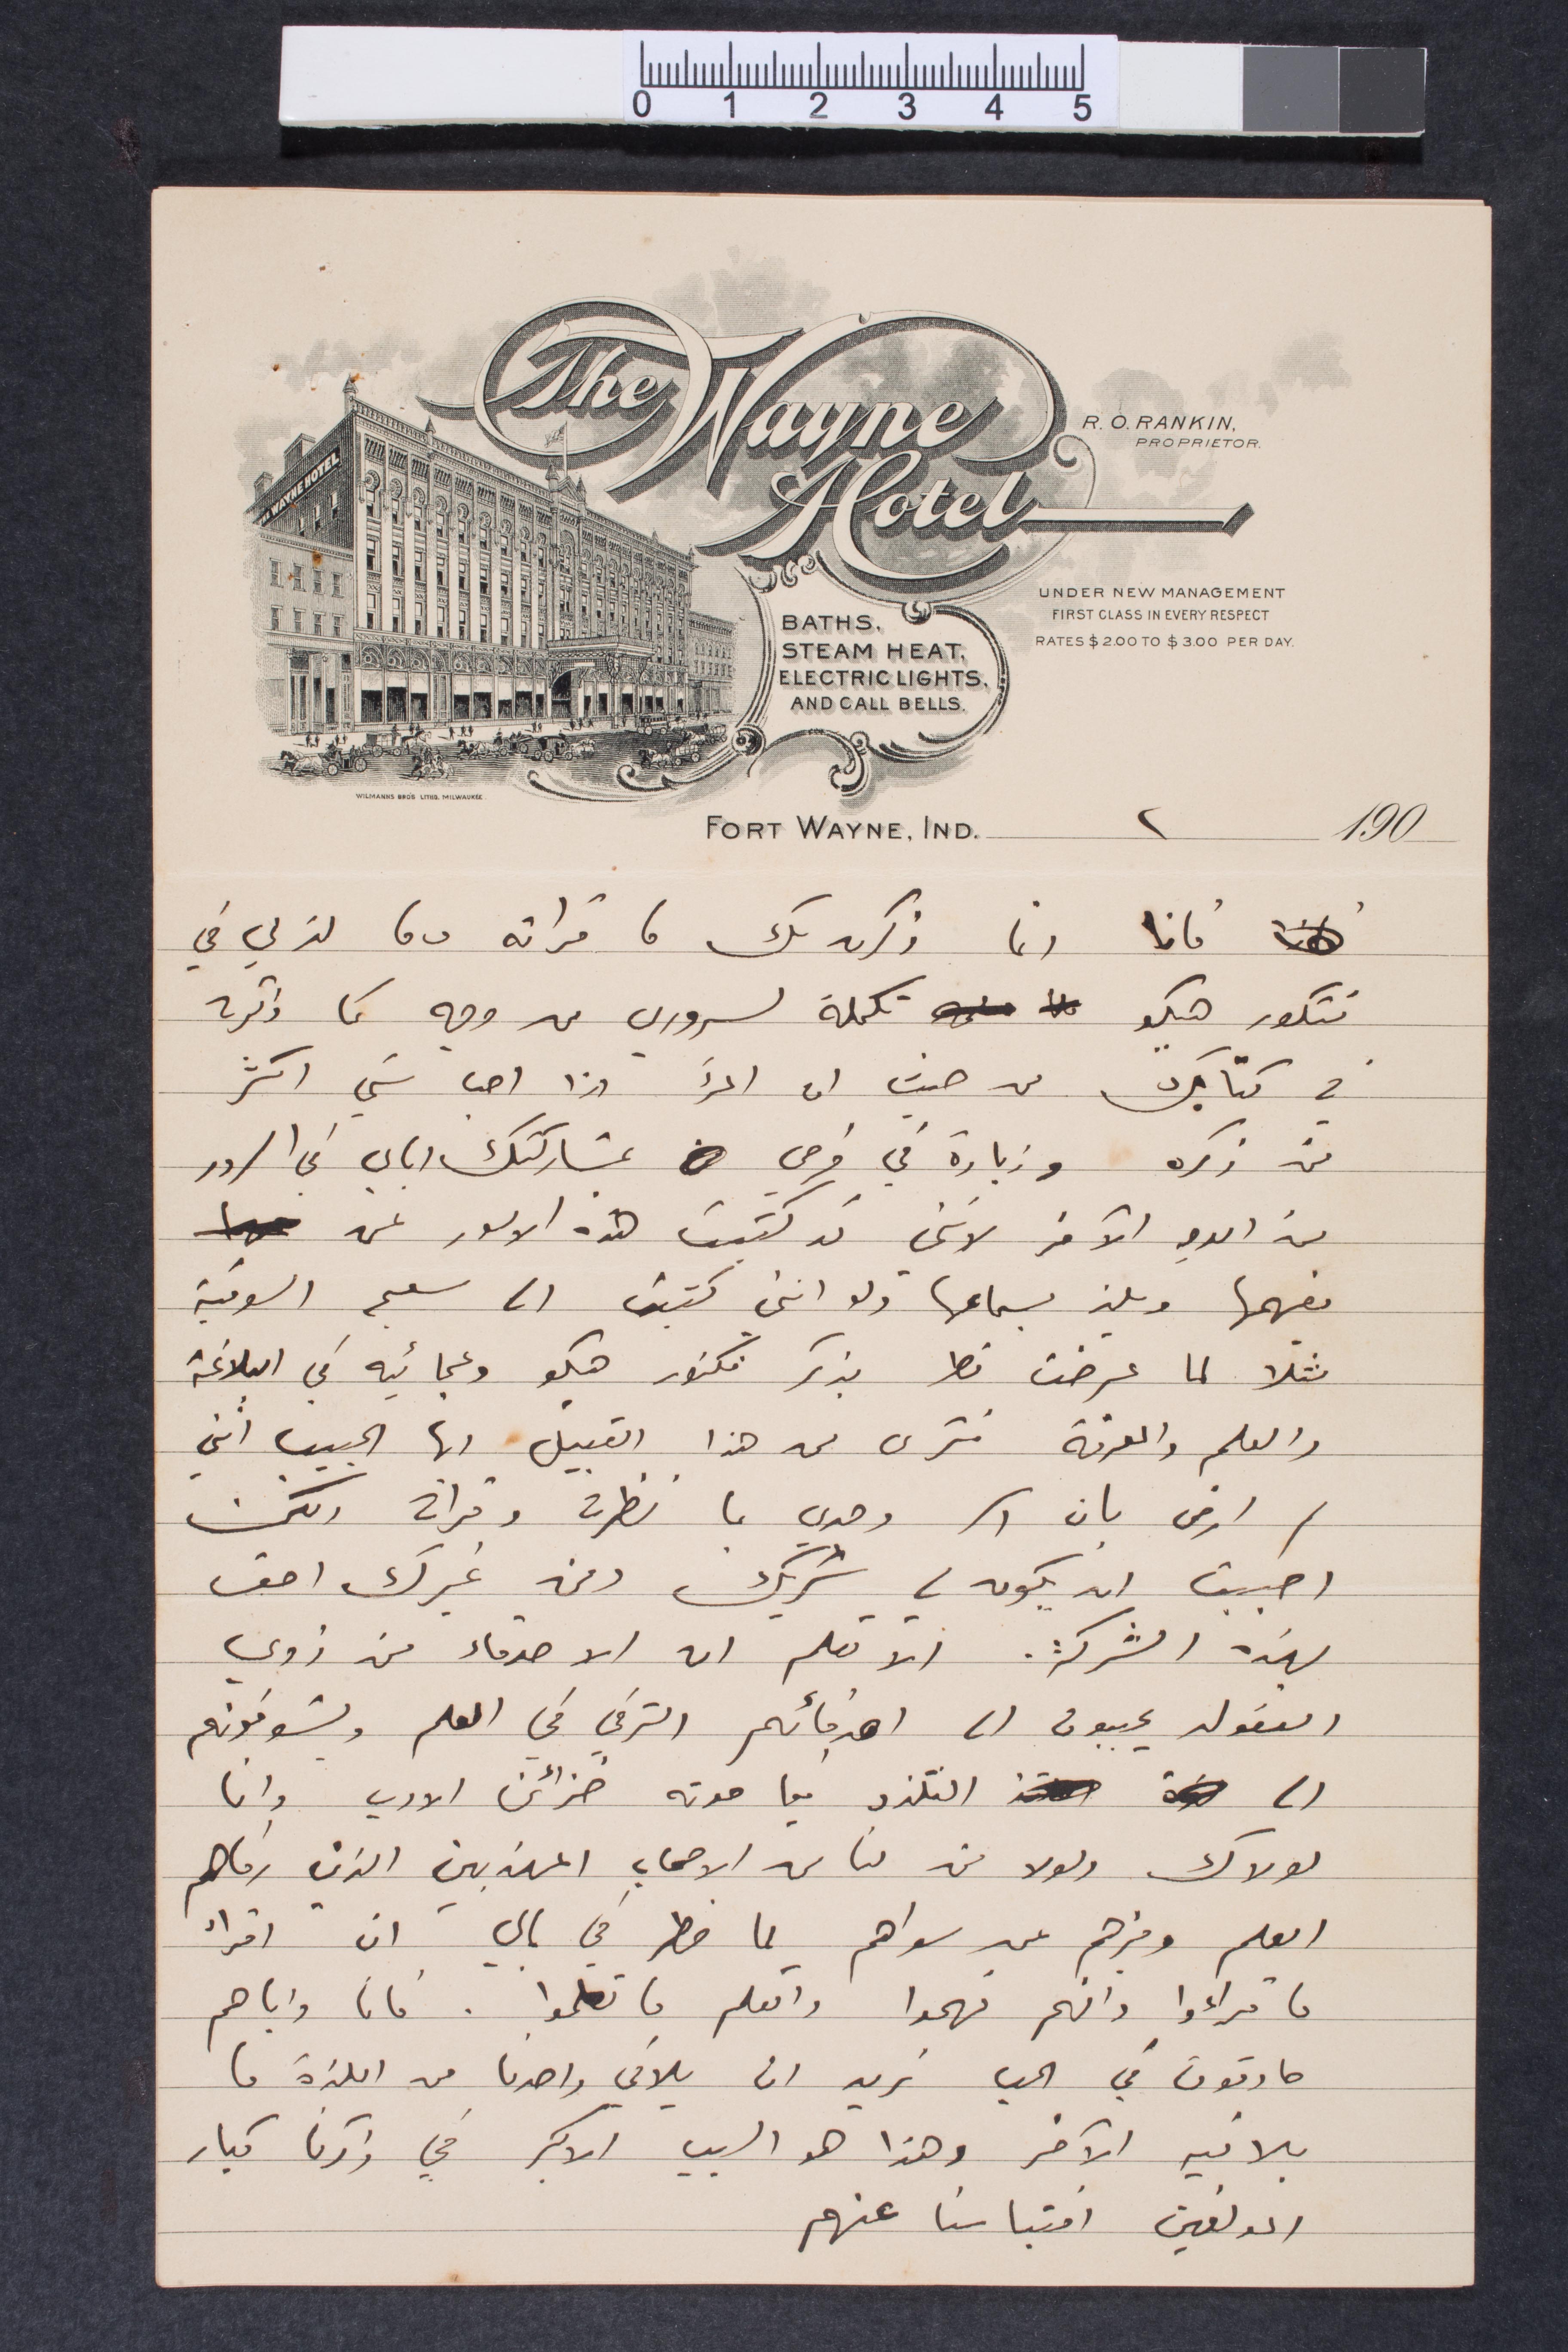
فانا انما ذكرت لك ما قراته وما لذ لي في
فكتور هيكو تكملة لسروري من وجه كما ذكرته
في كتابك من حيث ان المرء اذا احب شي اكثر
من ذكره وزيادة في فرحي بمشاركتك اياي في السرور
من الوجه الأخر لانني قد كتبت هذه الأمور لمن
يفهمها ولمن يسماعها ولو انني كتبت انا سلم الوقية
مثلا لما عرضت قط بذكر فكتور هيكو وعجائبه في البلاغة
والعلم والمعرفة فترى من هذا القبيل ايها الحبيب انني
لم ارض بان وحدي ما نظرته وقراته الكن
أحببت ان يكون لي شريك ومن غيرك احق
بهذه الشركة. الا تعلم ان الأصدقاء من ذوي
العقول يحببون ان اصدقائهم الشرقي في العلم ويشوفونهم
الى التلذذ فيما حوته خزائن الادب وانا
لولاك ولولا من لنا من الاصحاب المهذبين الذين رقاهم
العلم وخبرهم عن سواهم لما خطر في بالي ان اقراء
ما قراؤا وافهم فهموا واتعلم ما تعلموا. فانا واياهم
صادقون في الحب نريد ان يلاقي واحدنا من اللذة ما
يلاقيه الأخر وهذا هو السبب الأكبر في ذكرنا كبار
المولفين اقتباسنا عنهم
190

٢
FORT WAYNE. IND.